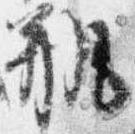
瓶